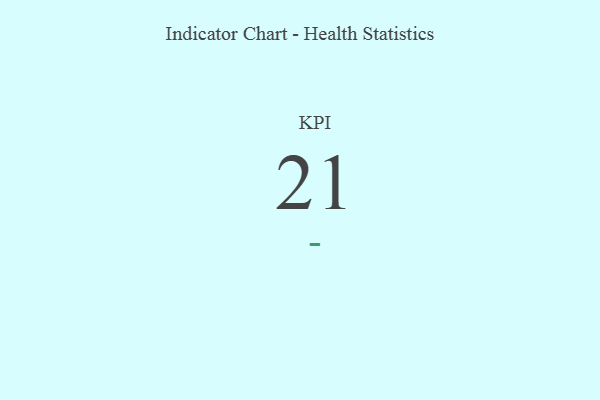
{"axis": {"x": "KPI", "y": "Value"}, "legend": [""], "data": [{"x": "KPI", "y": 21, "type": ""}]}